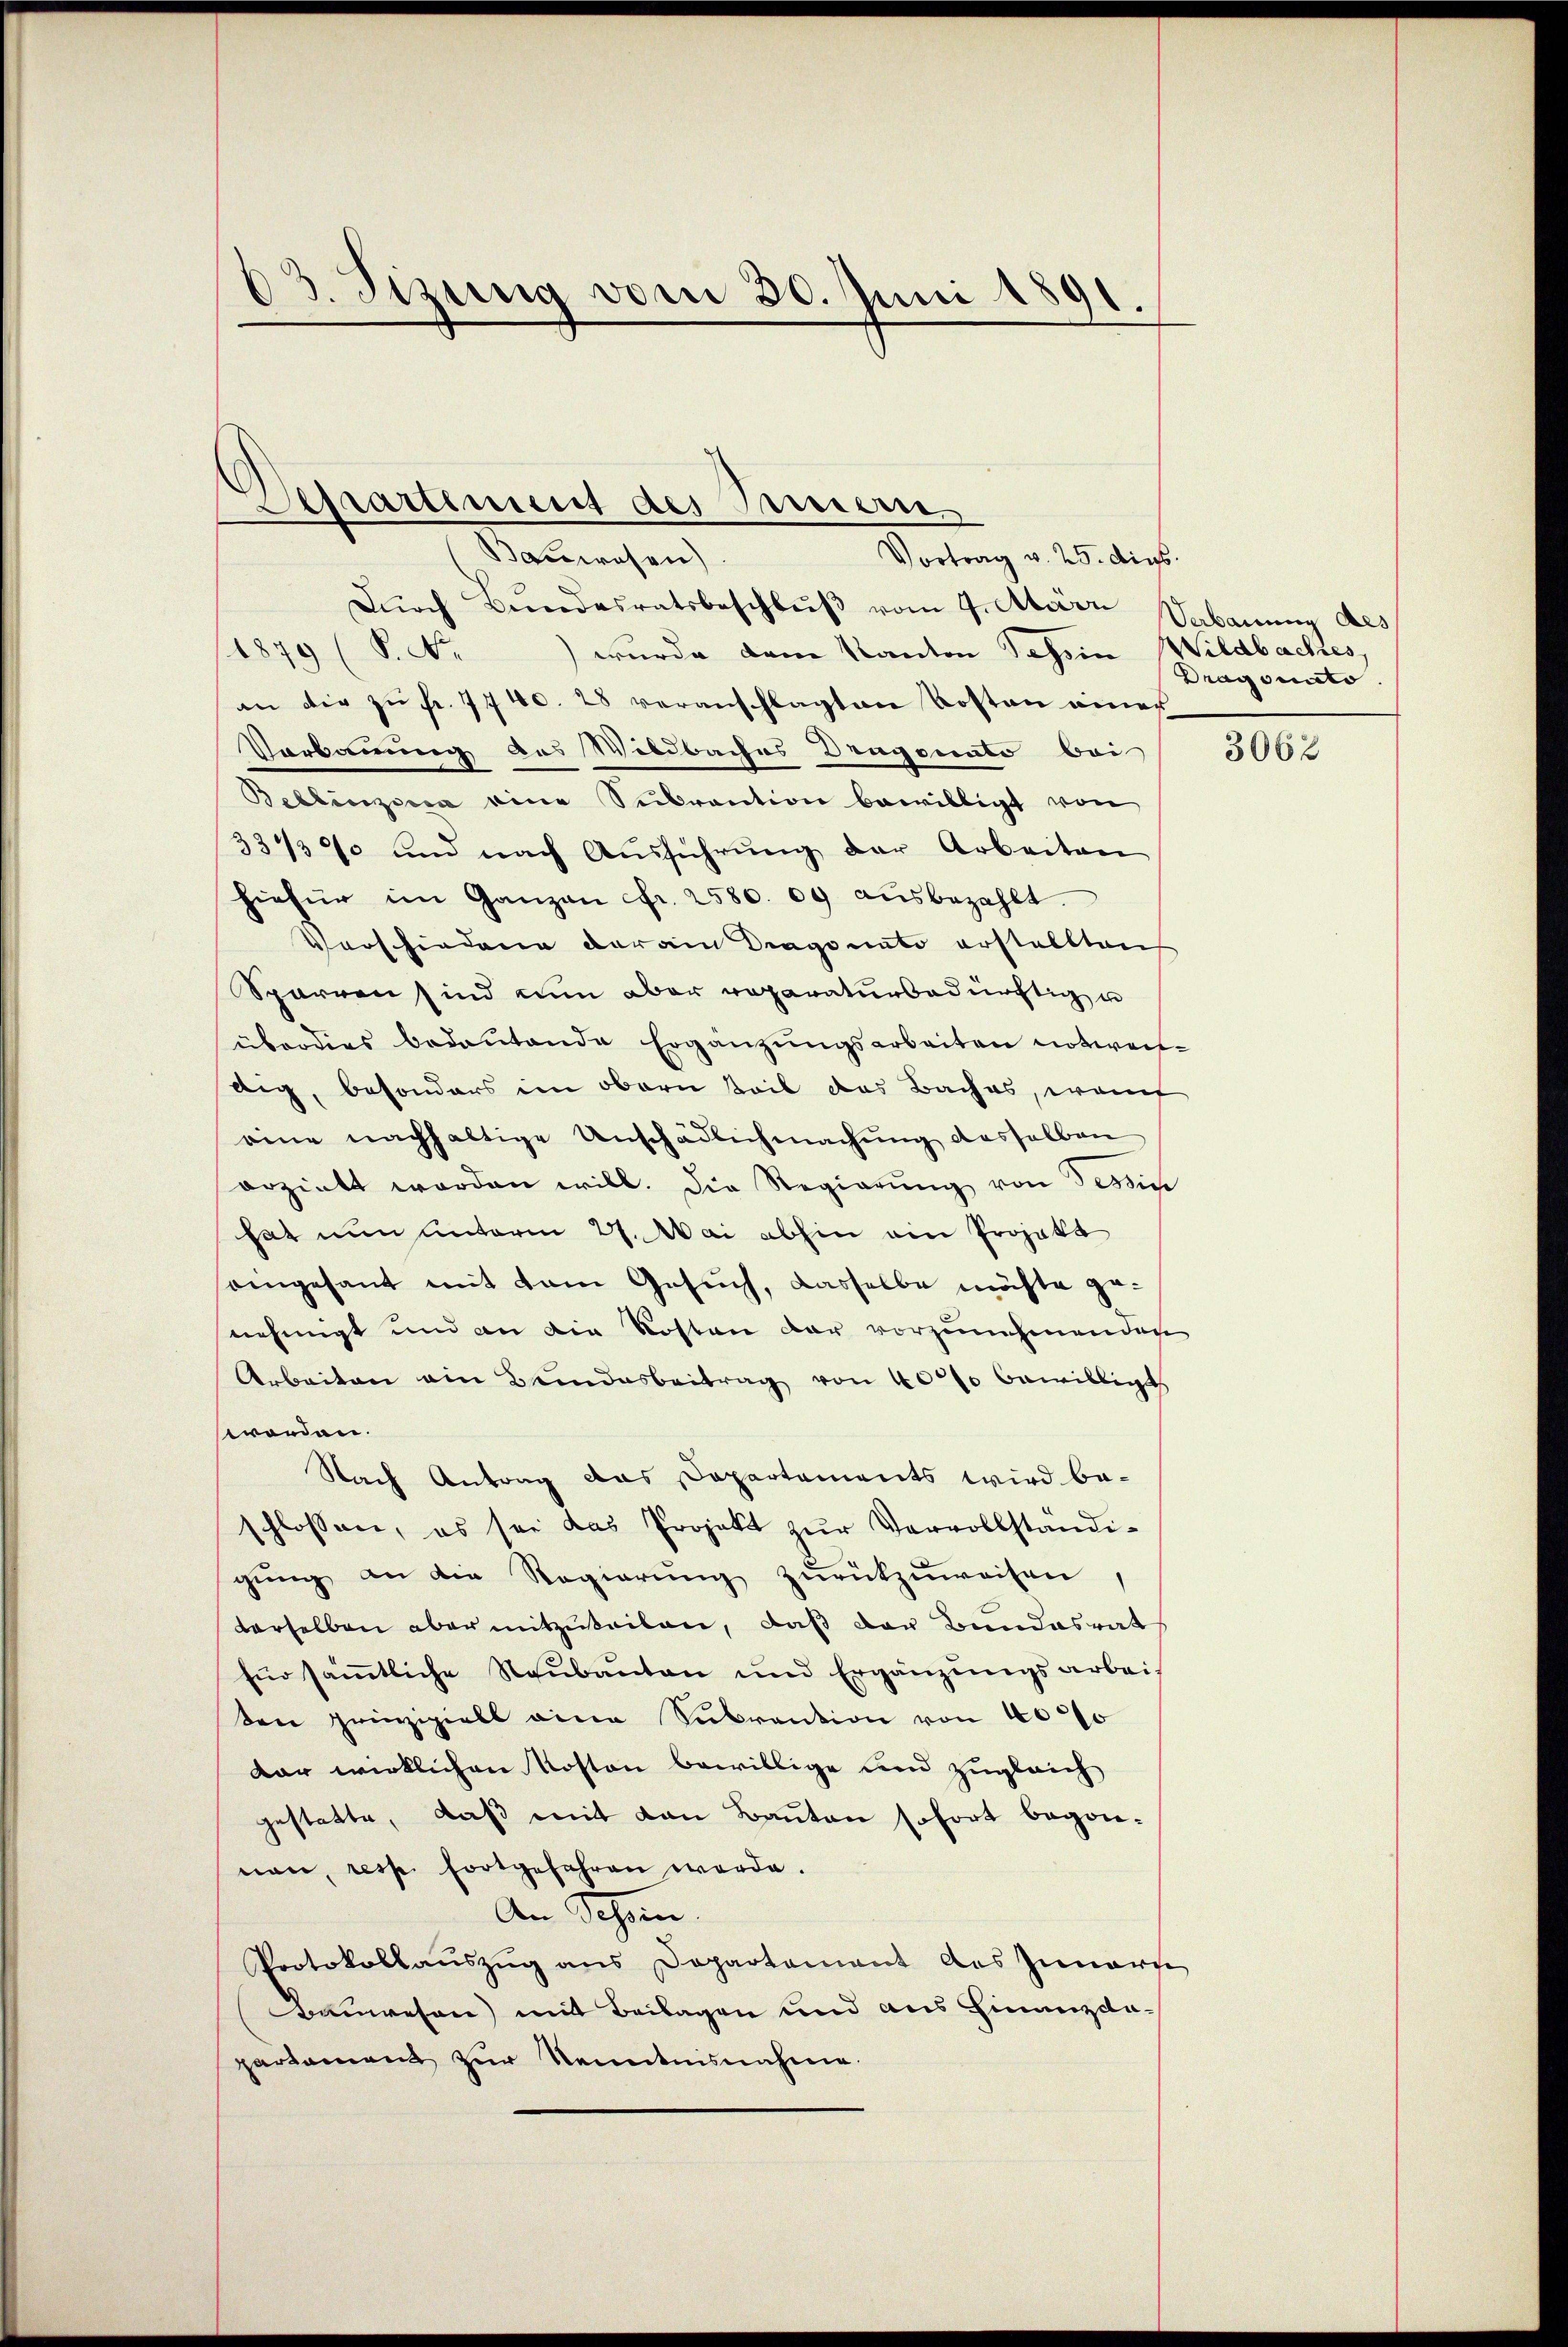
03. Sizung vom 30. Juni 1891.

Separtement des Innern
Bauwesen
Vortrag v. 25. dies

Dŭrch Bŭndesratsbeschlŭβ vom 7. März Sabauung des
1879 (S. Nr.
) wurde dem Kanton Tessin Wildbaches,
an die zu Fr. 7740. 28 veranschlagten Kosten einer
Vorkannung aus Wildbaches Dragonato bei
Bellinzona eine Subvention bewilligt von
33439 und nach Aŭsführŭng der Arbeiten
hiefür im Ganzen fr. 2580. 09 aŭsbezahlt.
Vorschiedung der am Dragonato erstellten
Sparren sind nun aber reparaturbadürchtig u
überdies bedeutende Ergänzungsarbeiten notweidig, besonders im obern teil das Baches, want
eine nachhaltige Unschädlichmachŭng desselben
orzielt worden will. Die Regierŭng von Tessin
hat nun unterm 27. Mai abhin am Projekt
aingesant mit dem Gesuch, dasselbe möchte genehmigt und an die Kosten dar vorzunehmenden
Arbeiten am Bundesbeitrag von 400 bewilligt
worden.
Nach Antrag das Departements wird beschlossen, es sei das Projekt zŭr Vervollständi-
gŭng an die Regierŭng zŭrückzuweisen,
derselben aber mitzuteilen, daß der Bundesrat
für säṁtliche Neŭbaŭten und Ergänzŭngsarbeiden prinzipiell eine Subvention von 40%
dar wirklichen Moston bewillige und zugleich
gestatte, daß mit den Bauten sofort begonnon, resp. fortgefahren werde.
An Schön.
Protokollauszug aus Departement des Innern
Bauwesen) mit Beilagen und aus Finanzdapartament zŭr Kenntnisnahme.

Dragonito

3062